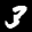
Digit: 3